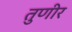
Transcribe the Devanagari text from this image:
तुणीर